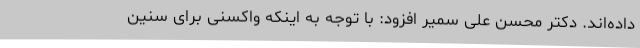
داده‌اند. دکتر محسن علی سمیر افزود: با توجه به اینکه واکسنی برای سنین